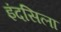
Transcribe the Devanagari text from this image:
इंदसिला